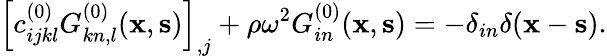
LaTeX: \left[c_{ijkl}^{(0)}G_{kn,l}^{(0)}({\mathbf x},{\mathbf s})\right]_{,j}+\rho\omega^{2}G_{in}^{(0)}({\mathbf x},{\mathbf s})=-\delta_{in}\delta({\mathbf x}-{\mathbf s}).